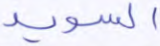
السويد